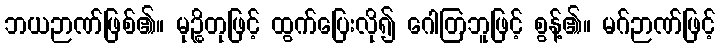
ဘယဉာဏ်ဖြစ်၏။ မုဉ္စိတုဖြင့် ထွက်ပြေးလို၍ ဂေါတြဘူဖြင့် စွန့်၏။ မဂ်ဉာဏ်ဖြင့်